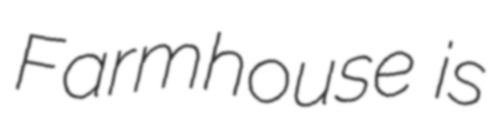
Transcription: Farmhouse is